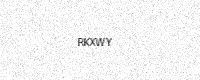
Text: RKXWY